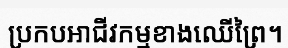
ប្រកបអាជីវកម្មខាងឈើព្រៃ។